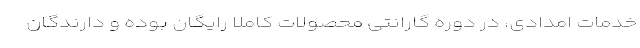
خدمات امدادی، در دوره گارانتی محصولات کاملا رایگان بوده و دارندگان